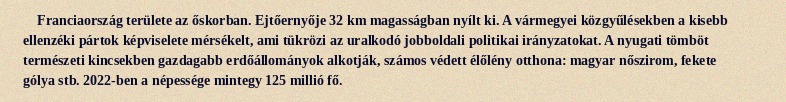
Franciaország területe az őskorban. Ejtőernyője 32 km magasságban nyílt ki. A vármegyei közgyűlésekben a kisebb ellenzéki pártok képviselete mérsékelt, ami tükrözi az uralkodó jobboldali politikai irányzatokat. A nyugati tömböt természeti kincsekben gazdagabb erdőállományok alkotják, számos védett élőlény otthona: magyar nőszirom, fekete gólya stb. 2022-ben a népessége mintegy 125 millió fő.